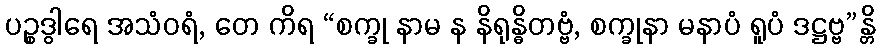
ပဉ္စဒွါရေ အသံဝရံ, တေ ကိရ “စက္ခု နာမ န နိရုန္ဓိတဗ္ဗံ, စက္ခုနာ မနာပံ ရူပံ ဒဋ္ဌဗ္ဗ”န္တိ